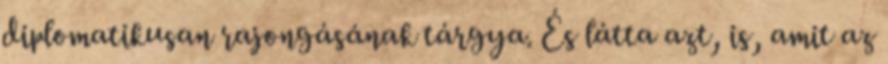
diplomatikusan rajongásának tárgya. És látta azt, is, amit az